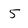
Character: 5